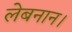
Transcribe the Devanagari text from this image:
लेबनान।